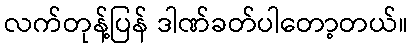
လက်တုန့်ပြန် ဒါဏ်ခတ်ပါတော့တယ်။